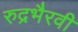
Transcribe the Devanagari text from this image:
रुद्रभैरवी